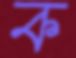
ক